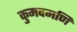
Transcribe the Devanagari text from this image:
कुमदमणि